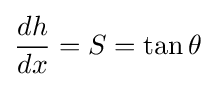
{\frac {dh}{dx}}=S=\tan \theta